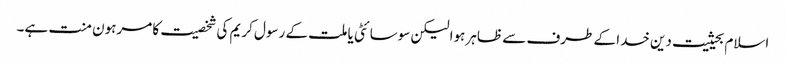
اسلام بحیثیت دین خدا کے طرف سے ظاہر ہوا لیکن سوسائٹی یا ملت کے رسول کریم کی شخصیت کا مرہون منت ہے۔